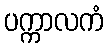
ပက္ကာလကံ